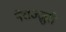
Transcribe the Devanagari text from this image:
नेराज्ज़ुरी